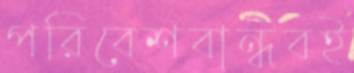
পরিবেশবান্ধবই